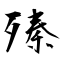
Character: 殝